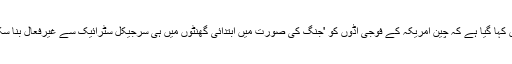
اس میں کہا گیا ہے کہ چین امریکہ کے فوجی اڈوں کو 'جنگ کی صورت میں ابتدائی گھنٹوں میں ہی سرجیکل سٹرائیک سے غیرفعال بنا سکتا ہے۔